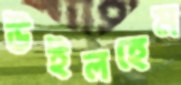
উইলহেম